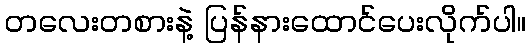
တလေးတစားနဲ့ ပြန်နားထောင်ပေးလိုက်ပါ။